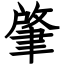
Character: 肇